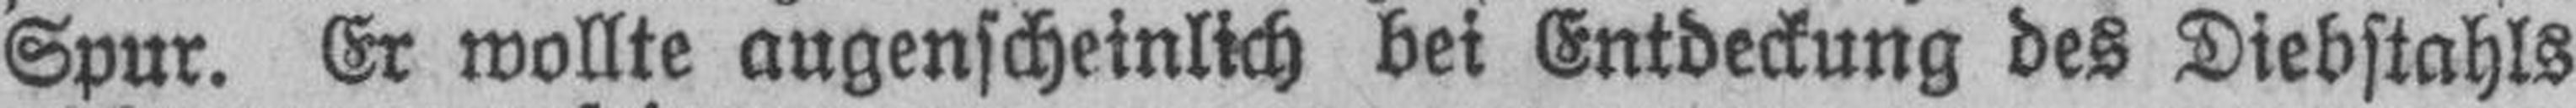
Spur. Er wollte augenscheinlich bei Entdeckung des Diebstahls